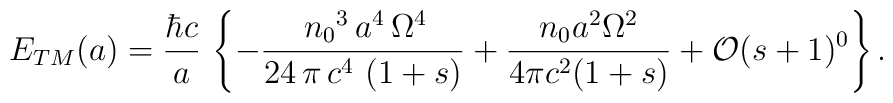
E_{TM}(a) = \frac{\hbar c}{a}  \, \left\{-\frac{\,{n_{0}}^3\,a^4\,{\Omega }^4  }  {24\,\pi\,c^4\,\left( 1 + s \right)} +\frac{n_0 a^2\Omega^2}{4\pi c^2(1+s)} + \mathcal{O} (s+1)^0\right\}.